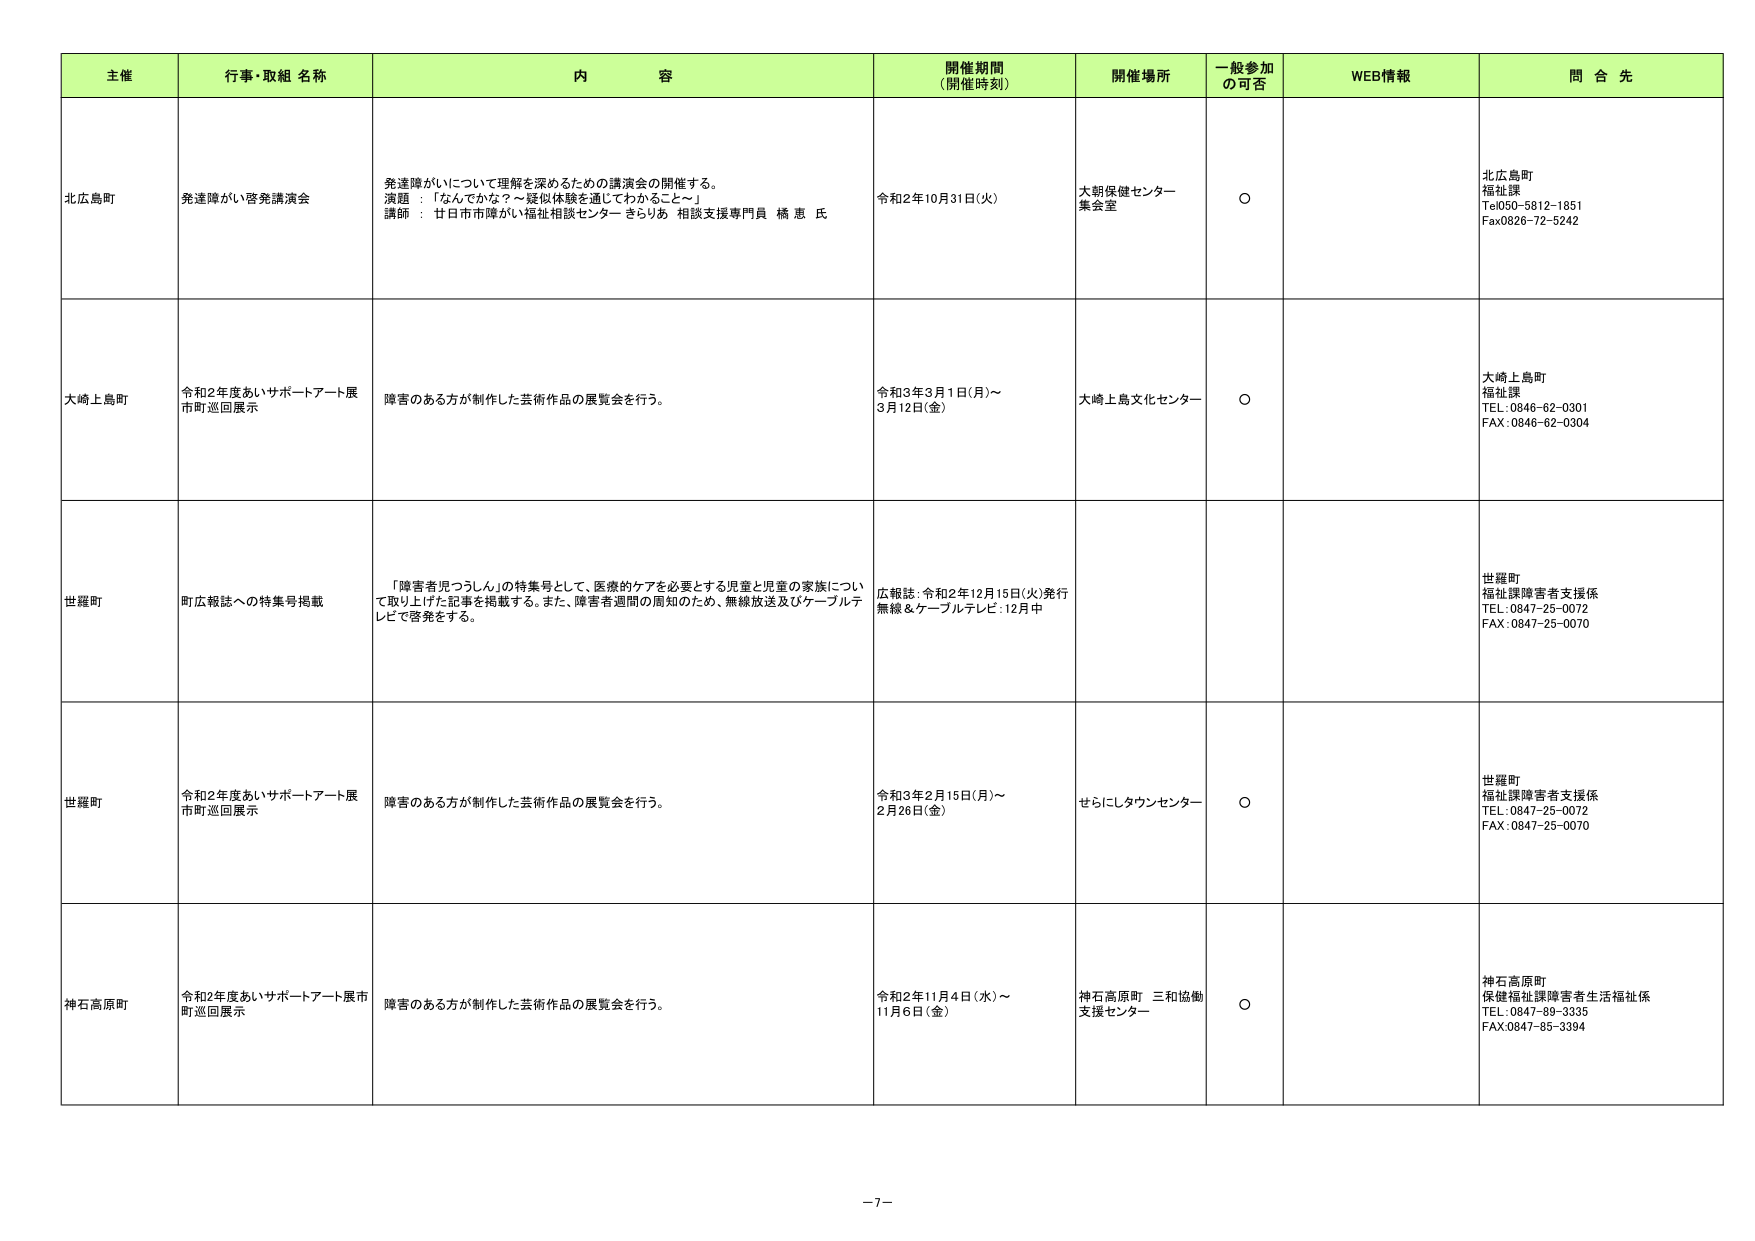
主催 行事・取組 名称 内 容 開催期間 (開催時刻) 開催場所 一般参加 の可否 WEB情報 問 合 先
北広島町 発達障がい啓発講演会 発達障がいについて理解を深めるための講演会の開催する。 演題 ：「なんでかな？～疑似体験を通じてわかること～」 講師 ： 甘日市市障がい福祉相談センター きらりあ 相談支援専門員 橋 恵 氏 令和2年10月31日(火) 大朗保健センター 集会室 ○ 北広島町 福祉課 Tel050-5812-1851 Fax0826-72-5242
大崎上島町 令和2年度あいサポートアート展 市町巡回展示 障害のある方が制作した芸術作品の展覧会を行う。 令和3年3月1日(月)～ 3月12日(金) 大崎上島文化センター ○ 大崎上島町 福祉課 TEL:0846-62-0301 FAX:0846-62-0304
世羅町 町広報誌への特集号掲載 「障害者児つうしん」の特集号として、医療的ケアを必要とする児童と児童の家族について取り上げた記事を掲載する。また、障害者週間の周知のため、無線放送及びケーブルテレビで啓発をする。 広報誌:令和2年12月15日(火)発行 無線＆ケーブルテレビ:12月中 世羅町 福祉課障害者支援係 TEL:0847-25-0072 FAX:0847-25-0070
世羅町 令和2年度あいサポートアート展 市町巡回展示 障害のある方が制作した芸術作品の展覧会を行う。 令和3年2月15日(月)～ 2月26日(金) せらにしタウンセンター ○ 世羅町 福祉課障害者支援係 TEL:0847-25-0072 FAX:0847-25-0070
神石高原町 令和2年度あいサポートアート展 市町巡回展示 障害のある方が制作した芸術作品の展覧会を行う。 令和2年11月4日(水)～ 11月6日(金) 神石高原町 三和協働 支援センター ○ 神石高原町 保健福祉課障害者生活福祉係 TEL:0847-89-3335 FAX:0847-85-3394
-7-